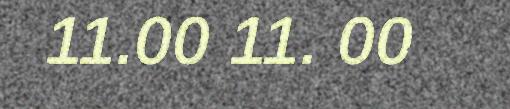
11.00 11. 00